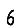
Digit: 6